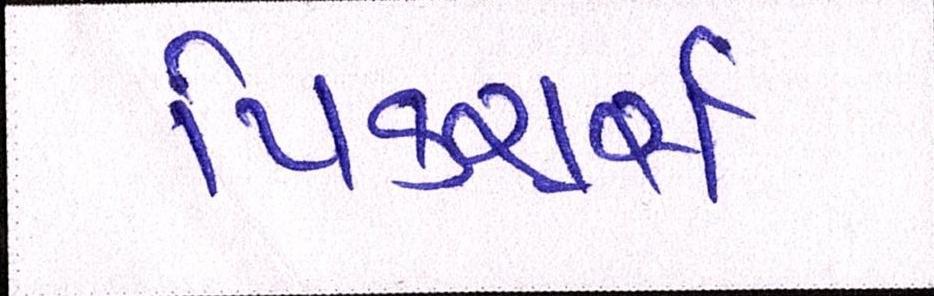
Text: પિક્ચર્સ